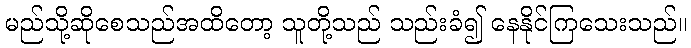
မည်သို့ဆိုစေသည်အထိတော့ သူတို့သည် သည်းခံ၍ နေနိုင်ကြသေးသည်။